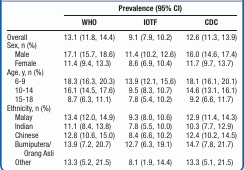
| <ROWSPAN=2>  | <COLSPAN=3> Prevalence (95% CI) |
 | WHO | IOTF | CDC |
 | --- | --- | --- | --- |
 | Overall | 13.1 (11.8, 14.4) | 9.1 (7.9, 10.2) | 12.6 (11.3, 13.9) |
 | Sex, n (%) |  |  |  |
 | Male | 17.1 (15.7, 18.6) | 11.4 (10.2, 12.6) | 16.0 (14.6, 17.4) |
 | Female | 11.4 (9.4, 13.3) | 8.6 (6.9, 10.4) | 11.7 (9.7, 13.7) |
 | Age, y, n (%) |  |  |  |
 | 6-9 | 18.3 (16.3, 20.3) | 13.9 (12.1, 15.6) | 18.1 (16.1, 20.1) |
 | 10-14 | 16.1 (14.5, 17.6) | 9.5 (8.3, 10.7) | 14.6 (13.1, 16.1) |
 | 15-18 | 8.7 (6.3, 11.1) | 7.8 (5.4, 10.2) | 9.2 (6.6, 11.7) |
 | Ethnicity, n (%) |  |  |  |
 | Malay | 13.4 (12.0, 14.9) | 9.3 (8.0, 10.6) | 12.9 (11.4, 14.3) |
 | Indian | 11.1 (8.4, 13.8) | 7.8 (5.5, 10.0) | 10.3 (7.7, 12.9) |
 | Chinese | 12.8 (10.6, 15.0) | 8.4 (6.6, 10.2) | 12.4 (10.2, 14.5) |
 | Bumiputera/Orang Asli | 13.9 (7.2, 20.7) | 12.7 (6.3, 19.1) | 14.7 (7.8, 21.7) |
 | Other | 13.3 (5.2, 21.5) | 8.1 (1.9, 14.4) | 13.3 (5.1, 21.5) |